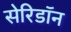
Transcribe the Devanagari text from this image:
सेरिडॉन